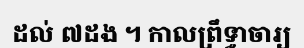
ដល់ ៧ដង ។ កាលព្រឹទ្ធាចារ្យ